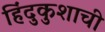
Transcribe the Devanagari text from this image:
हिंदुकुशाची